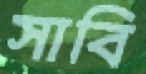
সাবি